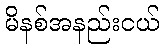
မိနစ်အနည်းငယ်